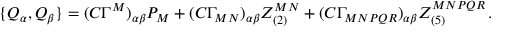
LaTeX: \{ Q _ { \alpha } , Q _ { \beta } \} = ( C \Gamma ^ { M } ) _ { \alpha \beta } P _ { M } + ( C \Gamma _ { M N } ) _ { \alpha \beta } Z _ { ( 2 ) } ^ { M N } + ( C \Gamma _ { M N P Q R } ) _ { \alpha \beta } Z _ { ( 5 ) } ^ { M N P Q R } \, .